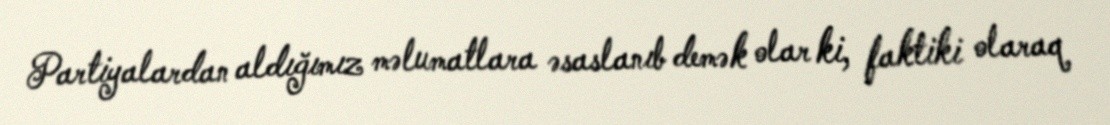
Partiyalardan aldığımız məlumatlara əsaslanıb demək olar ki, faktiki olaraq